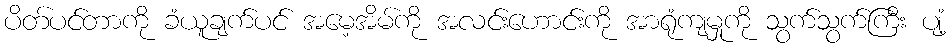
ပိတ်ပင်တာကို ခံယူချက်ပင် အမေ့အိမ်ကို အလင်းဟောင်းကို အာရုံကျမှုကို သွက်သွက်ကြီး ပျံ့